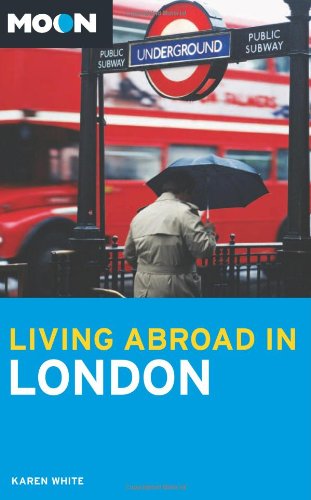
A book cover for Moon Living Abroad in London; Karen White; Travel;